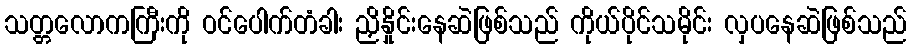
သတ္တလောကကြီးကို ဝင်ပေါက်တံခါး ညှိနှိုင်းနေဆဲဖြစ်သည် ကိုယ်ပိုင်သမိုင်း လှပနေဆဲဖြစ်သည်